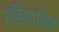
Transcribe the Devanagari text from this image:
एह्तिहसिक